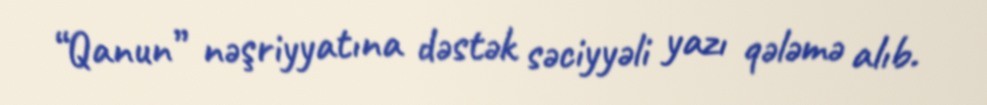
“Qanun” nəşriyyatına dəstək səciyyəli yazı qələmə alıb.